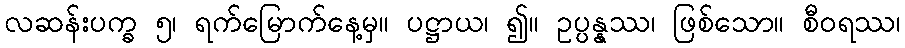
လဆန်းပက္ခ ၅၊ ရက်မြောက်နေ့မှ။ ပဋ္ဌာယ၊ ၍။ ဥပ္ပန္နဿ၊ ဖြစ်သော။ စီဝရဿ၊